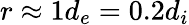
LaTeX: r\approx 1d_{e}=0.2d_{i}